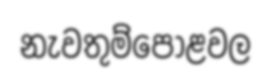
නැවතුම්පොළවල